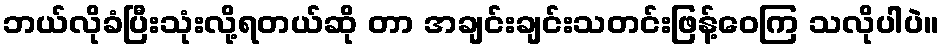
ဘယ်လိုခံပြီးသုံးလို့ရတယ်ဆို တာ အချင်းချင်းသတင်းဖြန့်ဝေကြ သလိုပါပဲ။